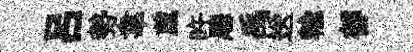
呂勢韋葳旿厯禹送輸郁